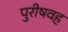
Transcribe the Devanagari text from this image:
पुरीषवह